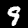
Label: 9